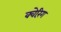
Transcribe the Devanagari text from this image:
क्वेरिंग